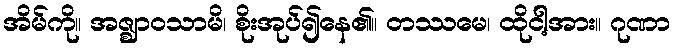
အိမ်ကို။ အဇ္ဈာဝသာမိ၊ စိုးအုပ်၍နေ၏။ တဿမေ၊ ထိုငါ့အား။ ဂုဏာ